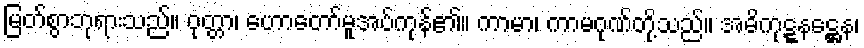
မြတ်စွာဘုရားသည်။ ဝုတ္တာ၊ ဟောတော်မူအပ်ကုန်၏။ ကာမာ၊ ကာမဂုဏ်တို့သည်။ အဓိကုဋ္ဋနဋ္ဌေန၊